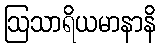
ဩသာရိယမာနာနိ